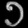
Digit: ၁